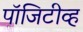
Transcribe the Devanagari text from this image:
पॉजिटीव्ह